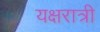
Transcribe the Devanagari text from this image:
यक्षरात्री